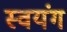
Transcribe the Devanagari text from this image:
स्वयंग